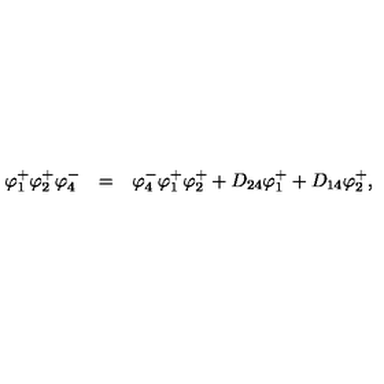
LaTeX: \begin{array} { r c l } { \varphi _ { 1 } ^ { + } \varphi _ { 2 } ^ { + } \varphi _ { 4 } ^ { - } } & { = } & { \varphi _ { 4 } ^ { - } \varphi _ { 1 } ^ { + } \varphi _ { 2 } ^ { + } + D _ { 2 4 } \varphi _ { 1 } ^ { + } + D _ { 1 4 } \varphi _ { 2 } ^ { + } , } \\ \end{array}